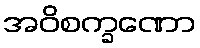
အဝိစက္ခဏော